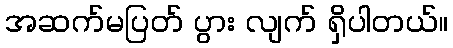
အဆက်မပြတ် ပွား လျက် ရှိပါတယ်။